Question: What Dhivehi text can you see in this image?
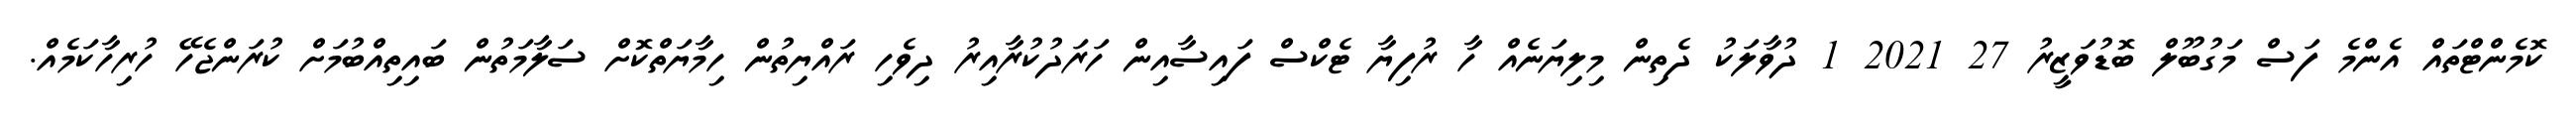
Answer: ކޮމެންޓްތައް އެންމެ ފަސް މަގުބޫލް ބޮޑުވަޒީރު 27 2021 1 ދުވާލަކު ދެތިން މިލިޔަނެއް ހާ ރުފިޔާ ޓެކްސް ފައިސާއިން ހަރަދުކުރާއިރު ދިވެހި ރައްޔިތުން ހިމާޔަތްކޮށް ސަލާމަތުން ބައިތިއްބުމަށް ކުރަންޖެހޭ ހުރިހާކަމެއް.